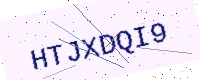
Text: HTJXDQI9